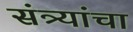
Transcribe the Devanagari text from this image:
संत्र्यांचा